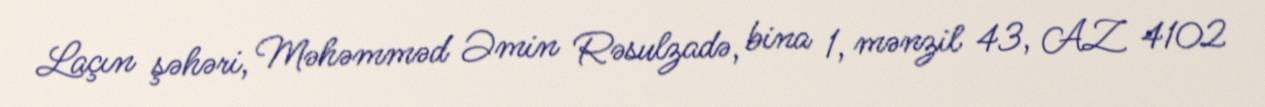
Laçın şəhəri, Məhəmməd Əmin Rəsulzadə, bina 1, mənzil 43, AZ 4102